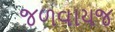
જળવાયજ